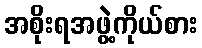
အစိုးရအဖွဲ့ကိုယ်စား